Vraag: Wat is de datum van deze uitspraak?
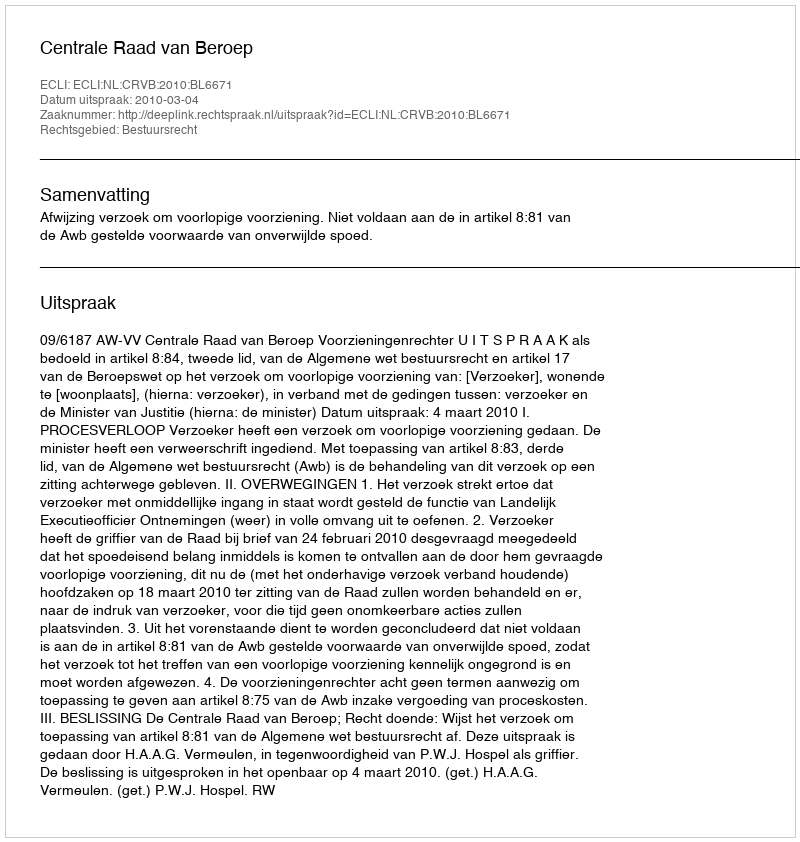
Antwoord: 2010-03-04